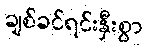
ချစ်ခင်ရင်းနှီးစွာ